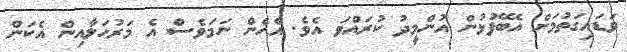
ވަޑައިގަތުމަށް އެބޭފުޅުން އުންމީދު ކުރައްވަ އެވެ. އެހެން ނަމަވެސް އެ މަރުހަލާއިން އެކަން